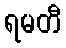
ရမတီ